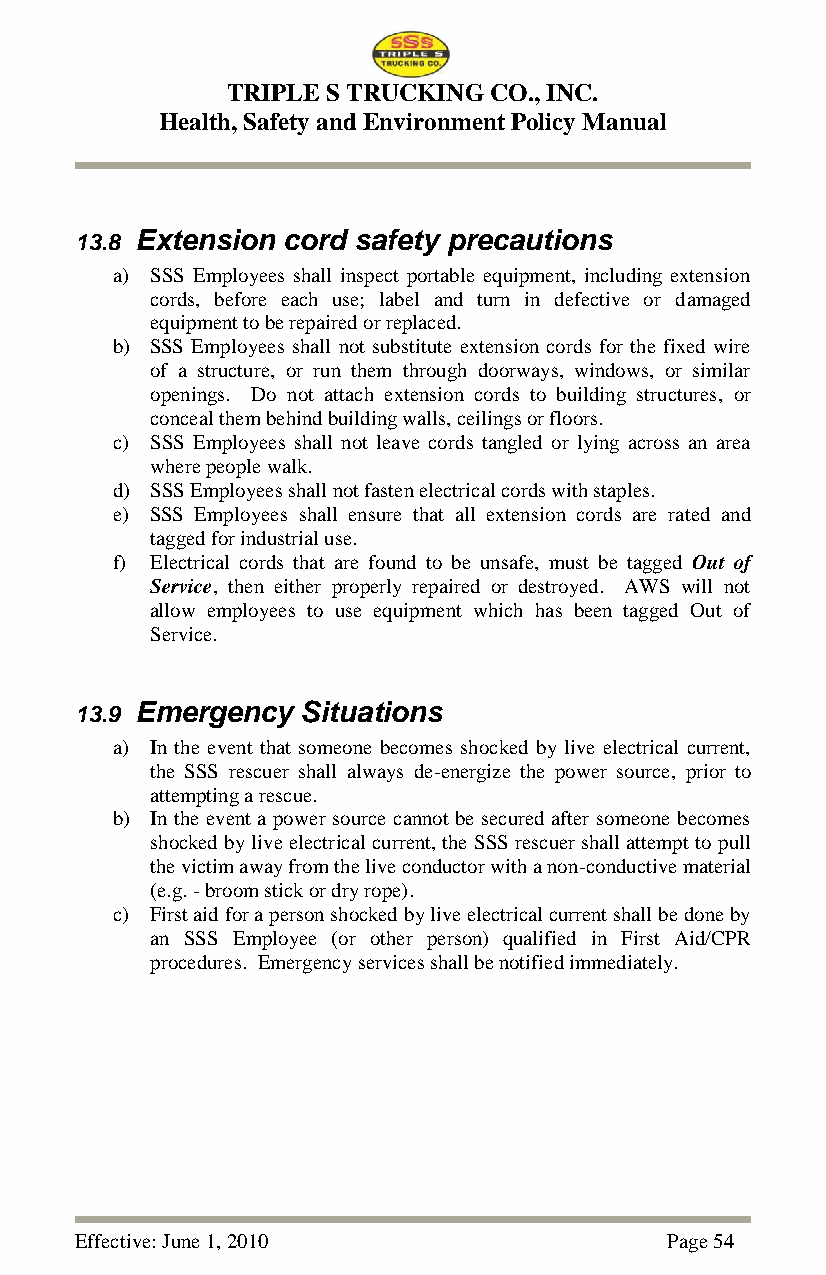
TRIPLE S TRUCKING CO., INC.
 Health, Safety and Environment Policy Manual
 13.8 Extension cord safety precautions
 a) SSS Employees shall inspect portable equipment, including extension
 cords, before each use; label and turn in defective or damaged
 equipment to be repaired or replaced.
 b) SSS Employees shall not substitute extension cords for the fixed wire
 of a structure, or run them through doorways, windows, or similar
 openings. Do not attach extension cords to building structures, or
 conceal them behind building walls, ceilings or floors.
 c) SSS Employees shall not leave cords tangled or lying across an area
 where people walk.
 d) SSS Employees shall not fasten electrical cords with staples.
 e) SSS Employees shall ensure that all extension cords are rated and
 tagged for industrial use.
 f) Electrical cords that are found to be unsafe, must be tagged Out of
 Service, then either properly repaired or destroyed. AWS will not
 allow employees to use equipment which has been tagged Out of
 Service.
 13.9 Emergency Situations
 a) In the event that someone becomes shocked by live electrical current,
 the SSS rescuer shall always de-energize the power source, prior to
 attempting a rescue.
 b) In the event a power source cannot be secured after someone becomes
 shocked by live electrical current, the SSS rescuer shall attempt to pull
 the victim away from the live conductor with a non-conductive material
 (e.g. - broom stick or dry rope).
 c) First aid for a person shocked by live electrical current shall be done by
 an SSS Employee (or other person) qualified in First Aid/CPR
 procedures. Emergency services shall be notified immediately.
 Effective: June 1, 2010                Page 54